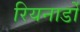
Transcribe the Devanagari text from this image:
रियनार्डो